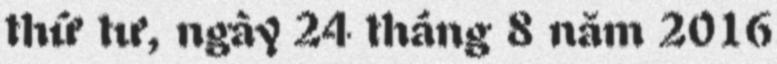
thứ tư, ngày 24 tháng 8 năm 2016